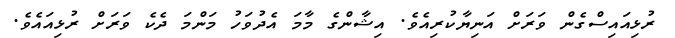
ރުޅިއައިސްގެން ވަރަށް އަނިޔާކުރިއެވެ. އިޝާންގެ މާމަ އެދުވަހު މަންމަ ދެކެ ވަރަށް ރުޅިއައެވެ.